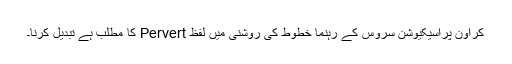
کراؤن پراسیکیوشن سروس کے رہنما خطوط کی روشنی میں لفظ Pervert کا مطلب ہے تبدیل کرنا۔